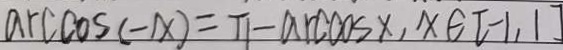
\arccos ( - x ) = \pi - \arccos ( x ) , x \in [ - 1 , 1 ]